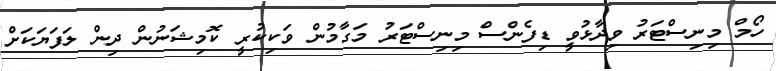
ހޯމް މިނިސްޓަރު ވިދާޅުވީ ޑިފެންސް މިނިސްޓަރު މަގާމުން ވަކިކުރީ ކޮމިޝަނުން ދިން ލަފަޔަކަށް